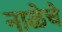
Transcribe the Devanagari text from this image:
नाळेचे